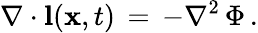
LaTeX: \nabla\cdot{\mathbf l}({\mathbf x},t)\, =\, -\nabla^{2}\, \Phi\, .